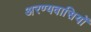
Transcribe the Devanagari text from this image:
अरण्यवासियों